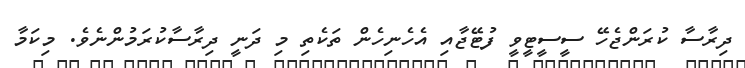
ދިރާސާ ކުރަންޖެހޭ ސީސީޓީވީ ފުޓޭޖާއި އެހެނިހެން ތަކެތި މި ދަނީ ދިރާސާކުރަމުންނެވެ. މިކަމާ